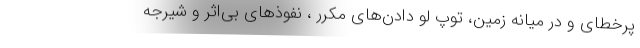
پرخطای و در میانه زمین، توپ لو دادن‌های مکرر ، نفوذهای بی‌اثر و شیرجه